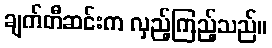
ချက်တီဆင်းက လှည့်ကြည့်သည်။